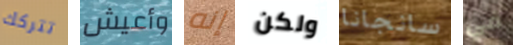
تتركك وأعيش إنه ولكن سانجانا في